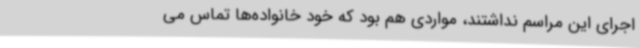
اجرای این مراسم نداشتند، مواردی هم بود که خود خانواده‌ها تماس می‌